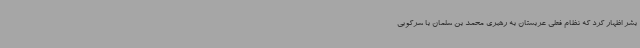
بشر اظهار کرد که نظام فعلی عربستان به رهبری محمد بن سلمان با سرکوبی